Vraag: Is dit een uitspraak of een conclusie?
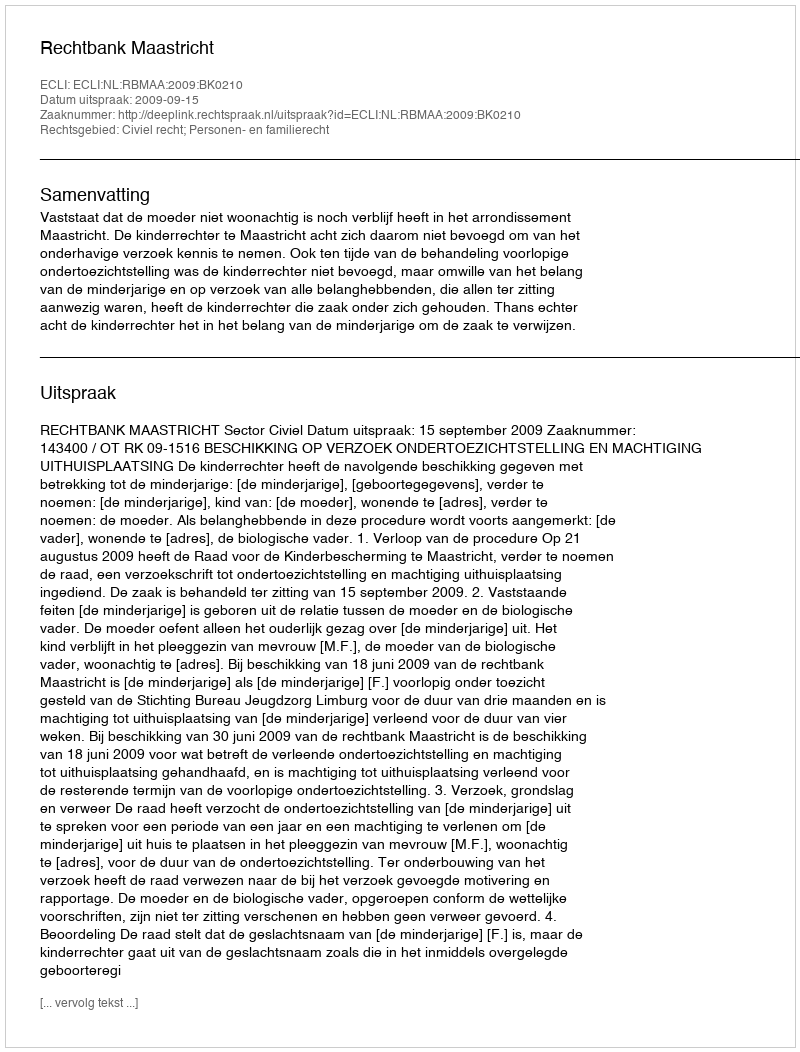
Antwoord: Uitspraak